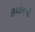
ઉધોગની